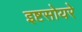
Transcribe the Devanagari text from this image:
इष्टसोयरे